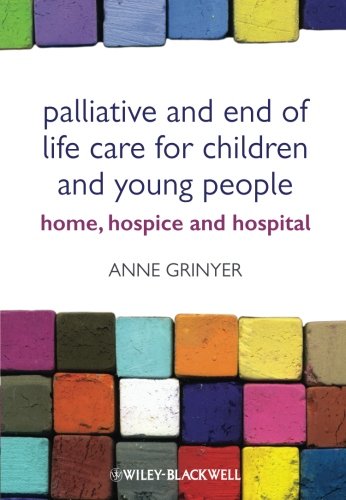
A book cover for Palliative and End of Life Care for Children and Young People: Home, Hospice, Hospital; Anne Grinyer; Self-Help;